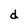
Character: d